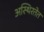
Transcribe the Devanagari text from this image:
अस्थिरतेत